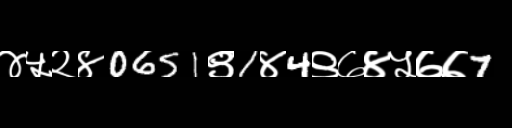
Text: ४५२४0651९1४4९७४५७७7